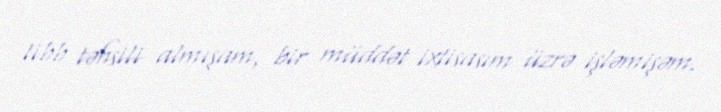
tibb təhsili almışam, bir müddət ixtisasım üzrə işləmişəm.